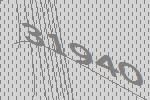
31940